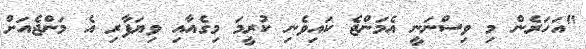
"އަހަރެން މި ވިސްނަނީ އެމަންޖެ ކައިވެނި ކުރީމަ މިގެއާއި ވިޔަފާރި އެ މަންޖެއަށް